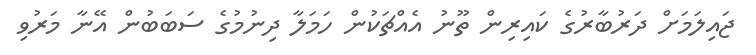
ޖައިލަމަށް ދަރުބާރުގެ ކައިރިން ތޫނު އެއްޗަކުން ހަމަލާ ދިނުމުގެ ސަބަބުން އޭނާ މަރުވި